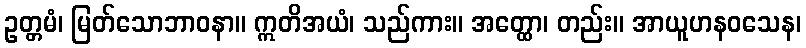
ဥတ္တမံ၊ မြတ်သောဘာဝနာ။ ဣတိအယံ၊ သည်ကား။ အတ္ထော၊ တည်း။ အာယူဟနဝသေန၊